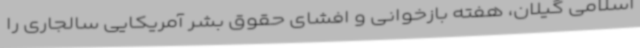
اسلامی گیلان، هفته بازخوانی و افشای حقوق بشر آمریکایی سالجاری را